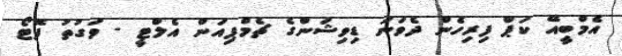
އެމްބީއޭ ކަޕް ފިރިހެން ދެވަނަ ޑިވިޝަންގެ ޗެމްޕިއަން އެލްޓީ - ވަގުތު ފޮޓޯ